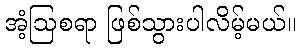
အံ့ဩစရာ ဖြစ်သွားပါလိမ့်မယ်။